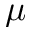
\mu